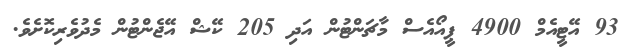
93 އޭޓީއެމް 4900 ޕީއޯއެސް މާޗަންޓުން އަދި 205 ކޭޝް އޭޖެންޓުން މެދުވެރިކޮށެވެ.